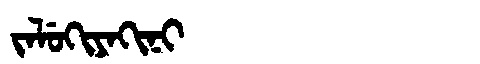
Manchu: ᠵᠠᠯᡠᡴᡳᠶᠠᡴᡳᠨᡳ
Romanization: JALUKIYAKINI